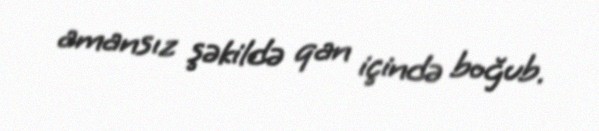
amansız şəkildə qan içində boğub.